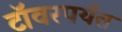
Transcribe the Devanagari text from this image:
टॉवरपर्यंत